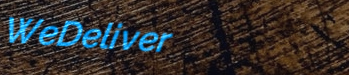
WeDeliver